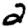
Digit: 2